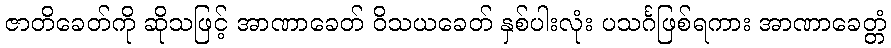
ဇာတိခေတ်ကို ဆိုသဖြင့် အာဏာခေတ် ဝိသယခေတ် နှစ်ပါးလုံး ပသင်္ဂဖြစ်ရကား အာဏာခေတ္တံ